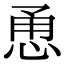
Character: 恿